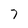
Character: 7